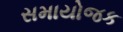
સમાયોજક